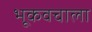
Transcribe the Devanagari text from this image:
भूकवचाला